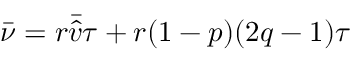
\bar { \nu } = r \bar { \hat { v } } \tau + r ( 1 - p ) ( 2 q - 1 ) \tau